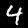
Label: 4